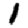
Digit: 1